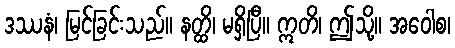
ဒဿနံ၊ မြင်ခြင်းသည်။ နတ္ထိ၊ မရှိပြီ။ ဣတိ၊ ဤသို့။ အဝေါစ၊